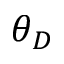
\theta _ { D }